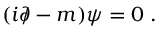
( i \partial \! \! \! / - m ) \psi = 0 \; .